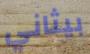
بيثاني